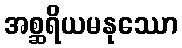
အစ္ဆရိယမနုဿော